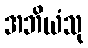
အဘိယံသု